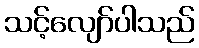
သင့်လျော်ပါသည်